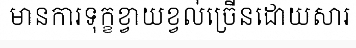
មានការទុក្ខខ្វាយខ្វល់ច្រើនដោយសារ